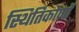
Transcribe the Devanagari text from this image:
स्थितिकोणों